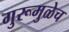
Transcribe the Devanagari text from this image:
गुरूमुळेच